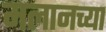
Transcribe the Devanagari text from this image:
मलानच्या